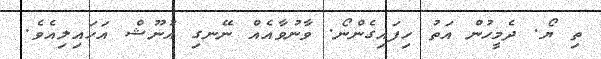
ތި ޔޯ. ދެމީހުން އަތު ހިފައިގެންނޯ. ވާނުވާއެއް ނޭނގި އުނޫޝް އަހައިލިއެވެ.